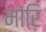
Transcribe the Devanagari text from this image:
मोरि